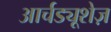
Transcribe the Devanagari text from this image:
आर्चड्यूशेज़